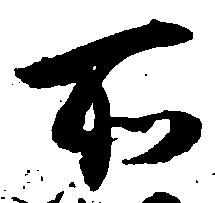
所